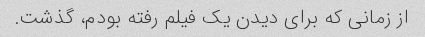
از زمانی که برای دیدن یک فیلم رفته بودم، گذشت.